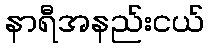
နာရီအနည်းငယ်